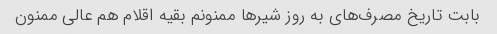
بابت تاریخ مصرف‌های به روز شیر‌ها ممنونم بقیه اقلام هم عالی ممنون